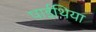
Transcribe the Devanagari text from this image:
पाईथिया